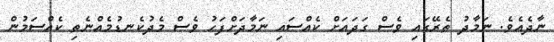
ނާދެއެވެ. ނަމާދު ތެރޭގައި ވެސް ގަދައަށް ކެއްސައި ނަމާދަށްފަހު ވެސް މެދުކެނޑުމެއްނެތި ކެއްސަމުން